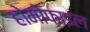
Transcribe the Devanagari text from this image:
होमोफ़ाइल